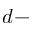
d -